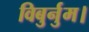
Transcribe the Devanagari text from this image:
विबुर्नुम।